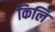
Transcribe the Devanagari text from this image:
किलि